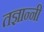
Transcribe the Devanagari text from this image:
तज्ञान्नी